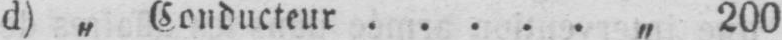
d) „ Conducteur ..... „ 200